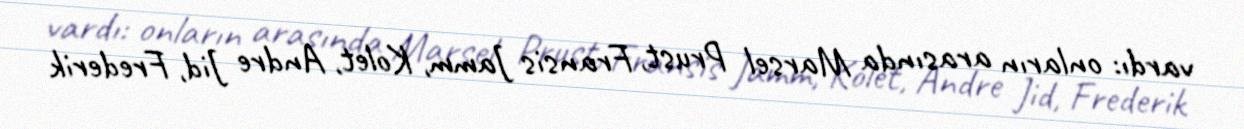
vardı: onların arasında Marsel Prust, Fransis Jamm, Kolet, Andre Jid, Frederik